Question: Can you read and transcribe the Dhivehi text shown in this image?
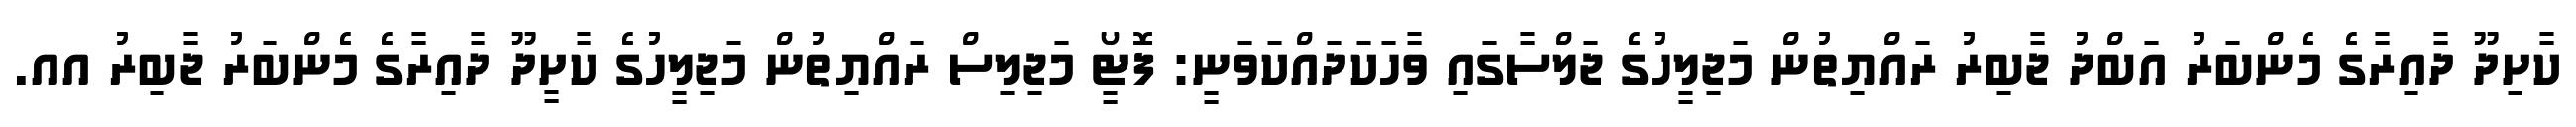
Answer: ކާށިދޫ ދާއިރާގެ މެންބަރު އަބްދު ޖާބިރު ރައްޔިތުން މަޖިލީހުގެ ޖަލްސާގައި ވާހަކަދައްކަވަނީ: ފޮޓީޯ މަޖިލިސް ރައްޔިތުން މަޖިލީހުގެ ކާށީދޫ ދާއިރާގެ މެންބަރު ޖާބިރު އއ.